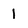
Character: 1